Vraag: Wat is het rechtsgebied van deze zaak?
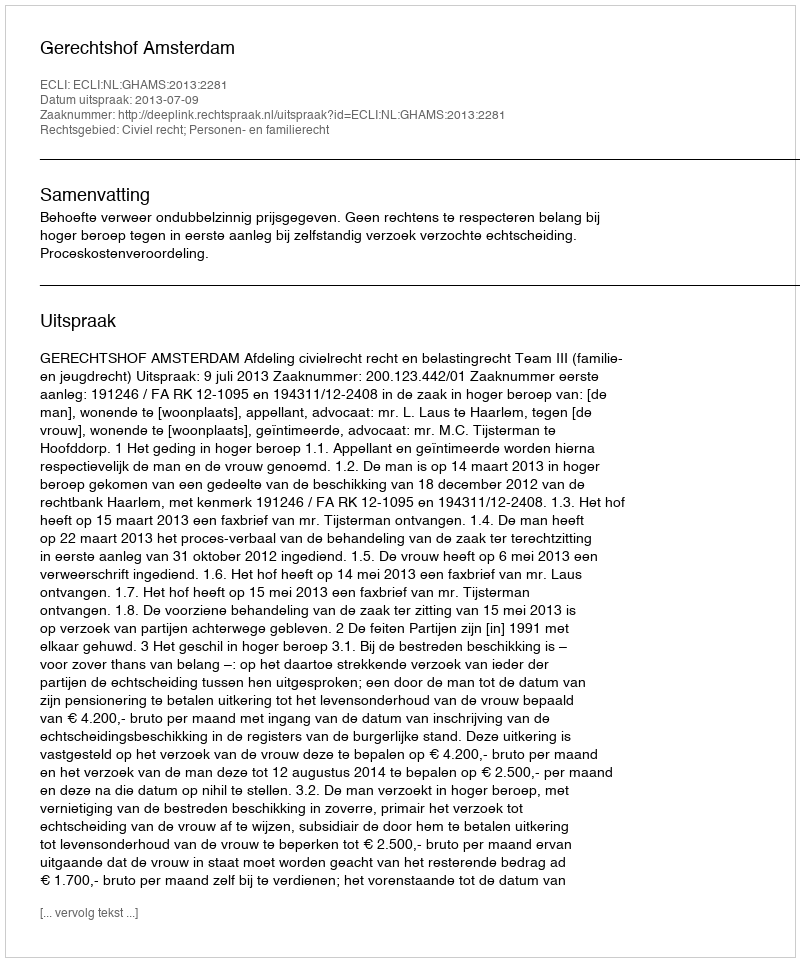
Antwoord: Civiel recht; Personen- en familierecht